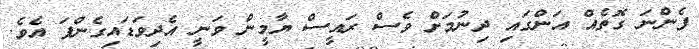
ފެންނަ ގޮތެއް އަންގައި ދިނުމަށް ވެސް ރައީސް ޔާމީން ވަނީ އެދިވަޑައިގެންފަ އެވެ.